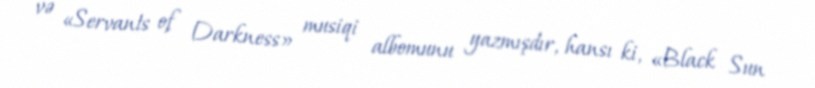
və «Servants of Darkness» musiqi albomunu yazmışdır, hansı ki, «Black Sun